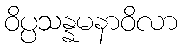
ဝိပ္ပသန္နမနာဝိလာ